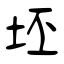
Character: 坯